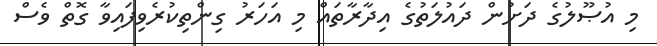
މި އުޞޫލުގެ ދަށުން ދައުލަތުގެ އިދާރާތައް މި އަހަރު ގިންތިކުރެވިފައިވާ ގޮތް ވެސް